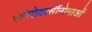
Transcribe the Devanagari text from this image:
एडीनोकार्सीनोमाओं